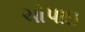
ચોપાઇ